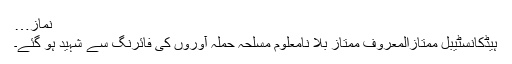
نماز…
ہیڈکانسٹیبل ممتازالمعروف ممتاز بلا نامعلوم مسلحہ حملہ آوروں کی فائرنگ سے شہید ہو گئے۔